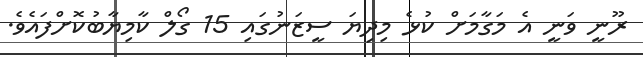
ރޫނީ ވަނީ އެ މަގާމަށް ކުޅެ މިދިޔަ ސީޒަނުގައި 15 ގޯލް ކާމިޔާބުކޮށްފައެވެ.